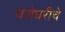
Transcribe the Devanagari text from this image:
घरोघरीचे